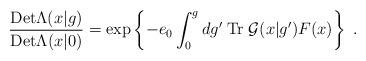
LaTeX: \begin{align*}\frac{{\rm Det}\Lambda(x|g)}{{\rm Det}\Lambda(x|0)}=\exp\left\{-e_{0}\int_{0}^{g}dg'\;{\rm Tr}\;{\cal G}(x|g') F(x)\right\}\;.\end{align*}